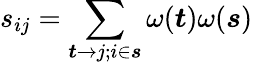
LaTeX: s_{ij}=\sum_{\boldsymbol{t}\to j;i\in\boldsymbol{s}}\omega(\boldsymbol{t})\omega(\boldsymbol{s})